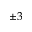
\pm 3